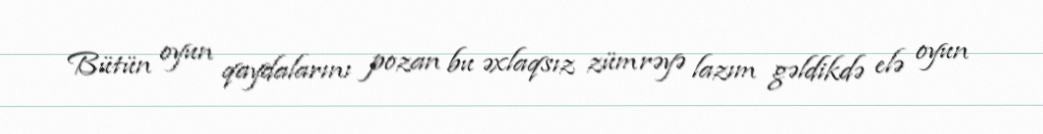
Bütün oyun qaydalarını pozan bu əxlaqsız zümrəyə lazım gəldikdə elə oyun